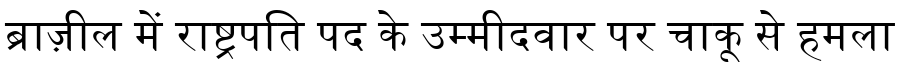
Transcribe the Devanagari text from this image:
ब्राज़ील में राष्ट्रपति पद के उम्मीदवार पर चाकू से हमला